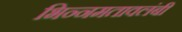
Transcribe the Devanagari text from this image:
भिन्नमतावलंबी